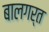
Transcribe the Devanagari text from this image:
बालगर्त